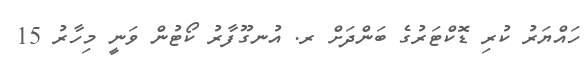
ހައްޔަރު ކުރި ޑޮކްޓަރުގެ ބަންދަށް ރ. އުނގޫފާރު ކޯޓުން ވަނީ މިހާރު 15